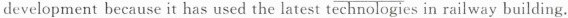
developrnent because it has used the latest technologies in railway building.